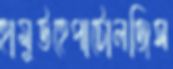
হামুউহেপাটোলজিস